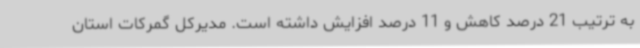
به ترتیب 21 درصد کاهش و 11 درصد افزایش داشته است. مدیرکل گمرکات استان